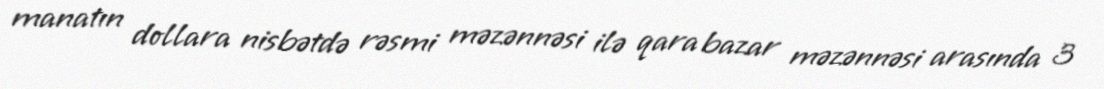
manatın dollara nisbətdə rəsmi məzənnəsi ilə qara bazar məzənnəsi arasında 3